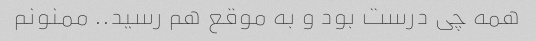
همه چی درست بود و به موقع هم رسید‌.. ممنونم